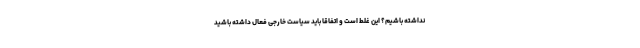
نداشته باشیم؟ این غلط است و اتفاقا باید سیاست خارجی فعال داشته باشید